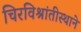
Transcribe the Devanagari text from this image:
चिरविश्रांतीस्थाने